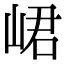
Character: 峮